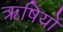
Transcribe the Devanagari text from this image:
ऋषियों